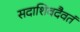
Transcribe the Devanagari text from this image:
सदाशिवदैवतं